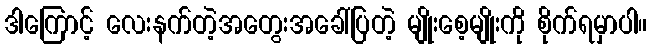
ဒါကြောင့် လေးနက်တဲ့အတွေးအခေါ်ပြတဲ့ မျိုးစေ့မျိုးကို စိုက်ရမှာပါ။